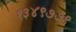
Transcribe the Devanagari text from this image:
१३४९७७९